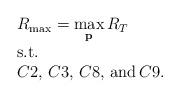
LaTeX: \begin{align*}\begin{array}{l}R_{\max}=\mathop {\max }\limits_{\bf p} {R_T}\\{\rm{s}}{\rm{.t}}{\rm{.}}\\C2,\,C3,\,C8,\,{\rm and}\,C9.\end{array}\end{align*}